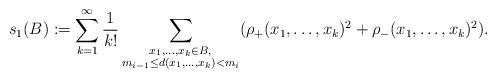
LaTeX: \begin{align*}s_1(B) := \sum_{k=1}^\infty \frac{1}{k!}\sum_{\substack{x_1,\ldots,x_k\in B,\\ m_{i-1}\le d(x_1,\ldots,x_k)< m_{i}} } (\rho_+(x_1,\ldots,x_k)^2+\rho_-(x_1,\ldots, x_k)^2).\end{align*}